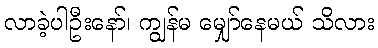
လာခဲ့ပါဦးနော်၊ ကျွန်မ မျှော်နေမယ် သိလား